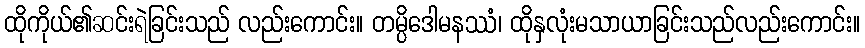
ထိုကိုယ်၏ဆင်းရဲခြင်းသည် လည်းကောင်း။ တမ္ပိဒေါမနဿံ၊ ထိုနှလုံးမသာယာခြင်းသည်လည်းကောင်း။